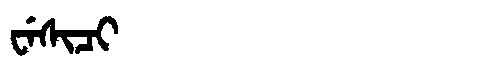
Manchu: ᠸᡝᠰᡳᠴᡳ
Romanization: WESICI